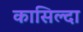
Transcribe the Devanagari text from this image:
कासिल्दा